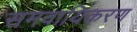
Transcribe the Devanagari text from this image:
समवायिकरण